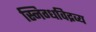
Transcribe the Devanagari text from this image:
स्निग्धविद्रव्य